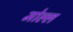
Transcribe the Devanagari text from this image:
मोल्ल